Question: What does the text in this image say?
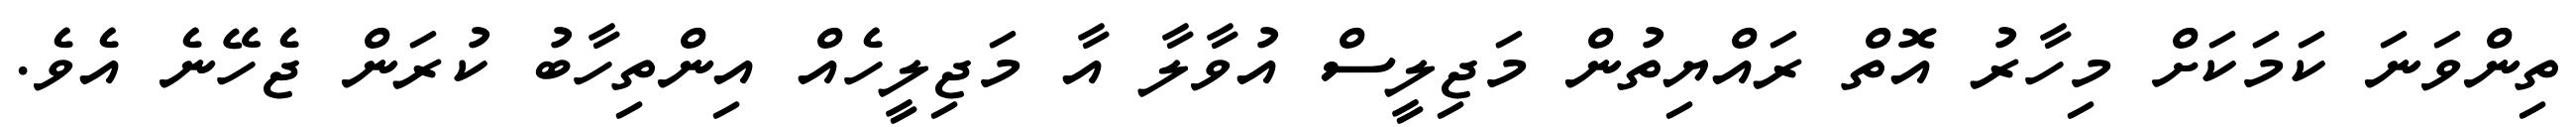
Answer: ތިންވަނަ ކަމަކަށް މިހާރު އޮތް ރައްޔިތުން މަޖިލީސް އުވާލާ އާ މަޖިލީހެއް އިންތިހާބު ކުރަން ޖެހޭނެ އެވެ.